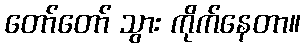
တော်တော် သွား ကိုက်နေတာ။